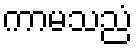
ကာမသညံ